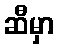
ဆီမှာ